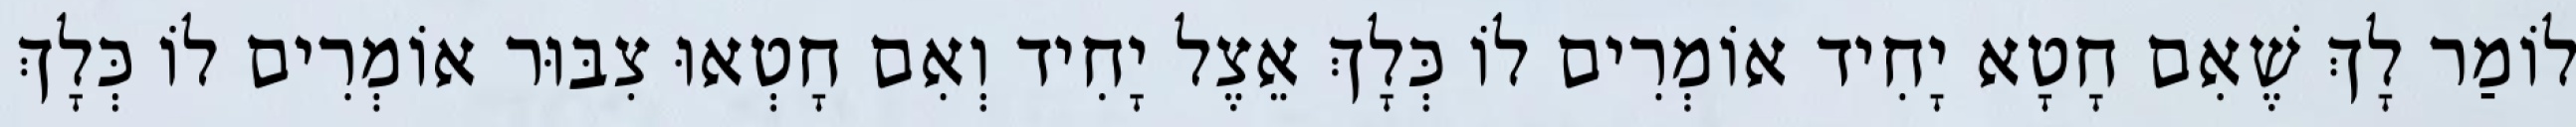
לוֹמַר לָךְ שֶׁאִם חָטָא יָחִיד אוֹמְרִים לוֹ כְּלָךְ אֵצֶל יָחִיד וְאִם חָטְאוּ צִבּוּר אוֹמְרִים לוֹ כְּלָךְ